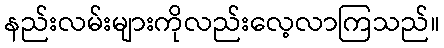
နည်းလမ်းများကိုလည်းလေ့လာကြသည်။